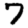
Digit: 7